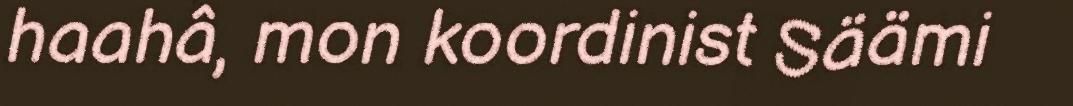
haahâ, mon koordinist Säämi